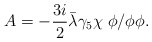
\begin{align*}A= -\frac{3i}{2}{\bar \lambda}\gamma_5\chi \; \phi / \phi\phi.\end{align*}